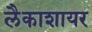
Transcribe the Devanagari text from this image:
लैकाशायर